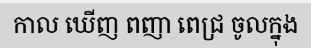
កាល ឃើញ ពញា ពេជ្រ ចូលក្នុង